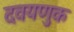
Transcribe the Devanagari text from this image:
दवयणुक